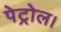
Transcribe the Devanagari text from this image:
पेट्रोल।